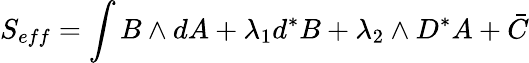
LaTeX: S_{eff}=\int{}B\wedge{}dA+\lambda_{1}d^{*}B+\lambda_{2}\wedge{}D^{*}A+\bar{C}